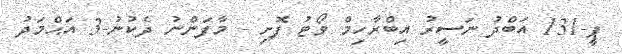
ޕީ-131 އަބްދު ނަސީރު އިބްރާހިމް ވޯޓު ފޮށި - މާފަންނު ދެކުނު-3 އަޙްމަދު